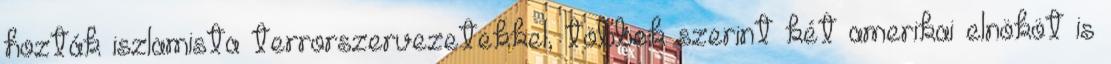
hozták iszlamista terrorszervezetekkel, többek szerint két amerikai elnököt is